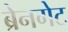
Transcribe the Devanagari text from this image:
ब्रेनगेट